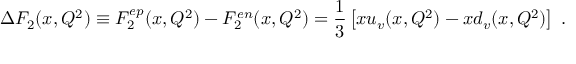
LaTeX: \Delta F _ { 2 } ( x , Q ^ { 2 } ) \equiv F _ { 2 } ^ { e p } ( x , Q ^ { 2 } ) - F _ { 2 } ^ { e n } ( x , Q ^ { 2 } ) = \frac { 1 } { 3 } \left[ x u _ { v } ( x , Q ^ { 2 } ) - x d _ { v } ( x , Q ^ { 2 } ) \right] \; .